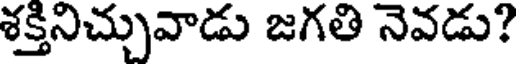
శక్తినిచ్చువాడు జగతి నెవడు?